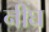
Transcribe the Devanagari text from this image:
नीघ